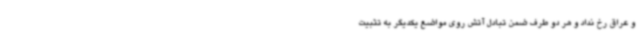
و عراق رخ نداد و هر دو طرف ضمن تبادل آتش روی مواضع یکدیگر به تثبیت